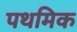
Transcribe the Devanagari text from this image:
पथमिक